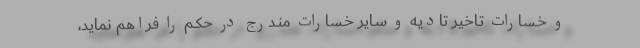
و خـسارات تـاخیر تادیـه و سـایر خـسارات منـدرج در حکـم را فراهم نماید،